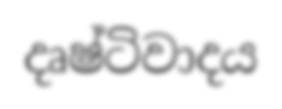
දෘෂ්ටිවාදය